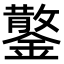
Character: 𮣂